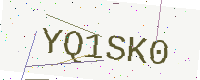
Text: YQ1SK0